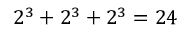
2 ^ { 3 } + 2 ^ { 3 } + 2 ^ { 3 } = 2 4